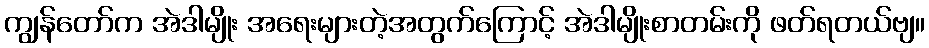
ကျွန်တော်က အဲဒါမျိုး အရေးများတဲ့အတွက်ကြောင့် အဲဒါမျိုးစာတမ်းကို ဖတ်ရတယ်ဗျ။